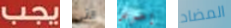
يجب التي إحرص المضاد